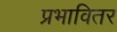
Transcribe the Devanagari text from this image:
प्रभावितर